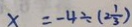
x = - 4 \div ( 2 \frac { 1 } { 3 } )